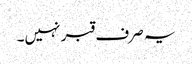
یہ صرف قبر نہیں۔